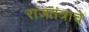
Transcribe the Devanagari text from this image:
राजतंत्राचे